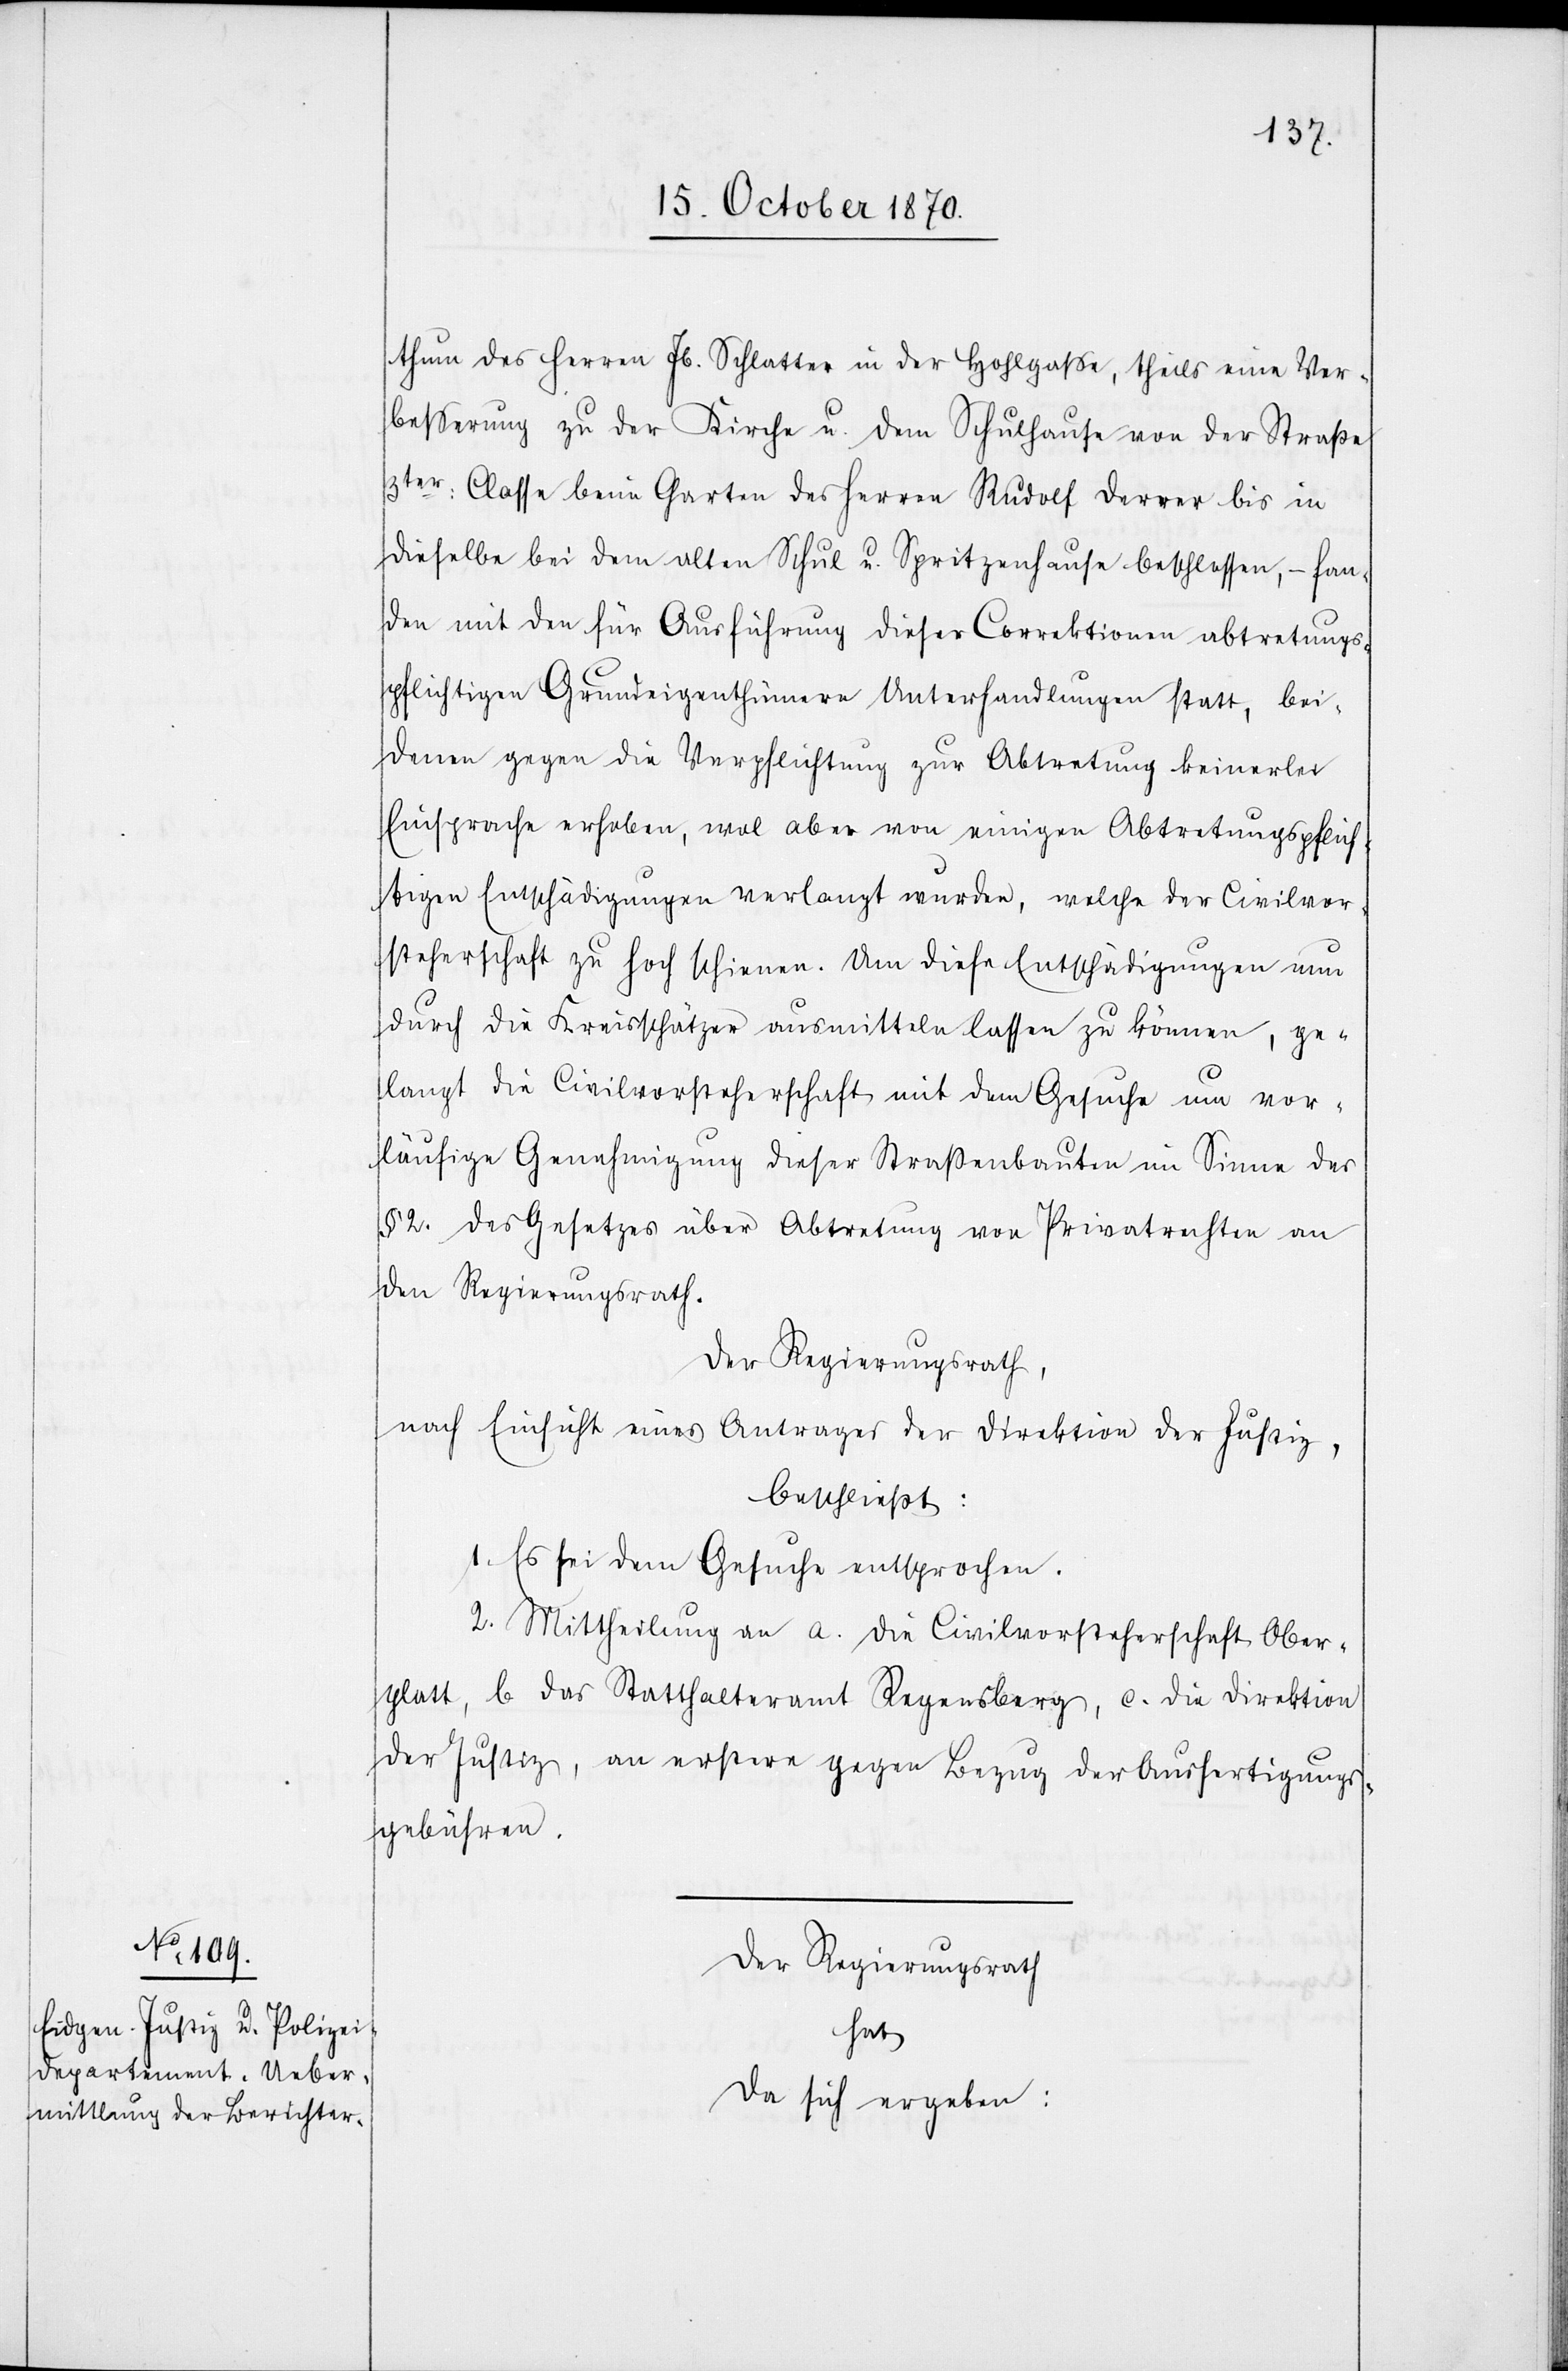
thum des Herren Jb. Schlatter in der Hohlgaße, theils eine Ver¬
besserung zu der Kirche u. dem Schulhause von der Straße
3ter: Classe beim Garten des Herren Rudolf Derrer bis in
dieselbe bei dem alten Schul u. Spritzenhause beschlossen, – fan¬
den mit den für Ausführung dieser Correktionen abtretungs¬
pflichtigen Grundeigenthümern Unterhandlungen statt, bei
denen gegen die Verpflichtung zur Abtretung keinerlei
Einsprache erhoben, wol aber von einigen Abtretungspflich¬
tigen Entschädigungen verlangt wurden, welche der Civilvor¬
steherschaft zu hoch schienen. Um diese Entschädigungen nun
durch die Kreisschätzer ausmitteln lassen zu können, ge¬
langt die Civilvorsteherschaft mit dem Gesuche um vor¬
läufige Genehmigung dieser Straßenbauten im Sinne des
§ 2. des Gesetzes über Abtretung von Privatrechten an
den Regierungsrath.
Der Regierungsrath,
nach Einsicht eines Antrages der Direktion der Justiz,
beschließt:
1. Es sei dem Gesuche entsprochen.
2. Mittheilung an a. die Civilvorsteherschaft Ober¬
glatt, b. das Statthalteramt Regensberg, c. die Direktion
der Justiz, an erstere gegen Bezug der Ausfertigungs¬
gebühren.
Der Regierungsrath
hat
da sich ergeben: